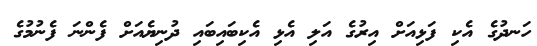
ހަނދުގެ އެކި ފަޅިއަށް އިރުގެ އަލި އެޅި އެކިބައިބައި ދުނިޔެއަށް ފެންނަ ފެނުމުގެ